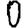
Digit: 0